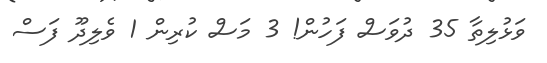
ވަޅުލިތާ 35 ދުވަސް ފަހުން! 3 މަސް ކުރިން 1 ވެލިދޫ ފަސް